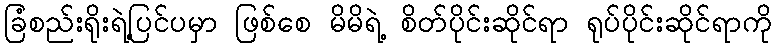
ခြံစည်းရိုးရဲ့ပြင်ပမှာ ဖြစ်စေ မိမိရဲ့ စိတ်ပိုင်းဆိုင်ရာ ရုပ်ပိုင်းဆိုင်ရာကို